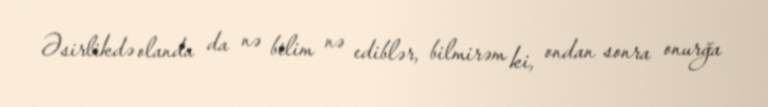
Əsirlikdə olanda da nə bilim nə ediblər, bilmirəm ki, ondan sonra onurğa